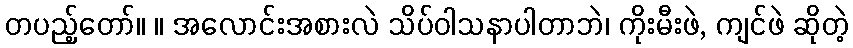
တပည့်တော်။ ။ အလောင်းအစားလဲ သိပ်ဝါသနာပါတာဘဲ၊ ကိုးမီးဖဲ, ကျင်ဖဲ ဆိုတဲ့